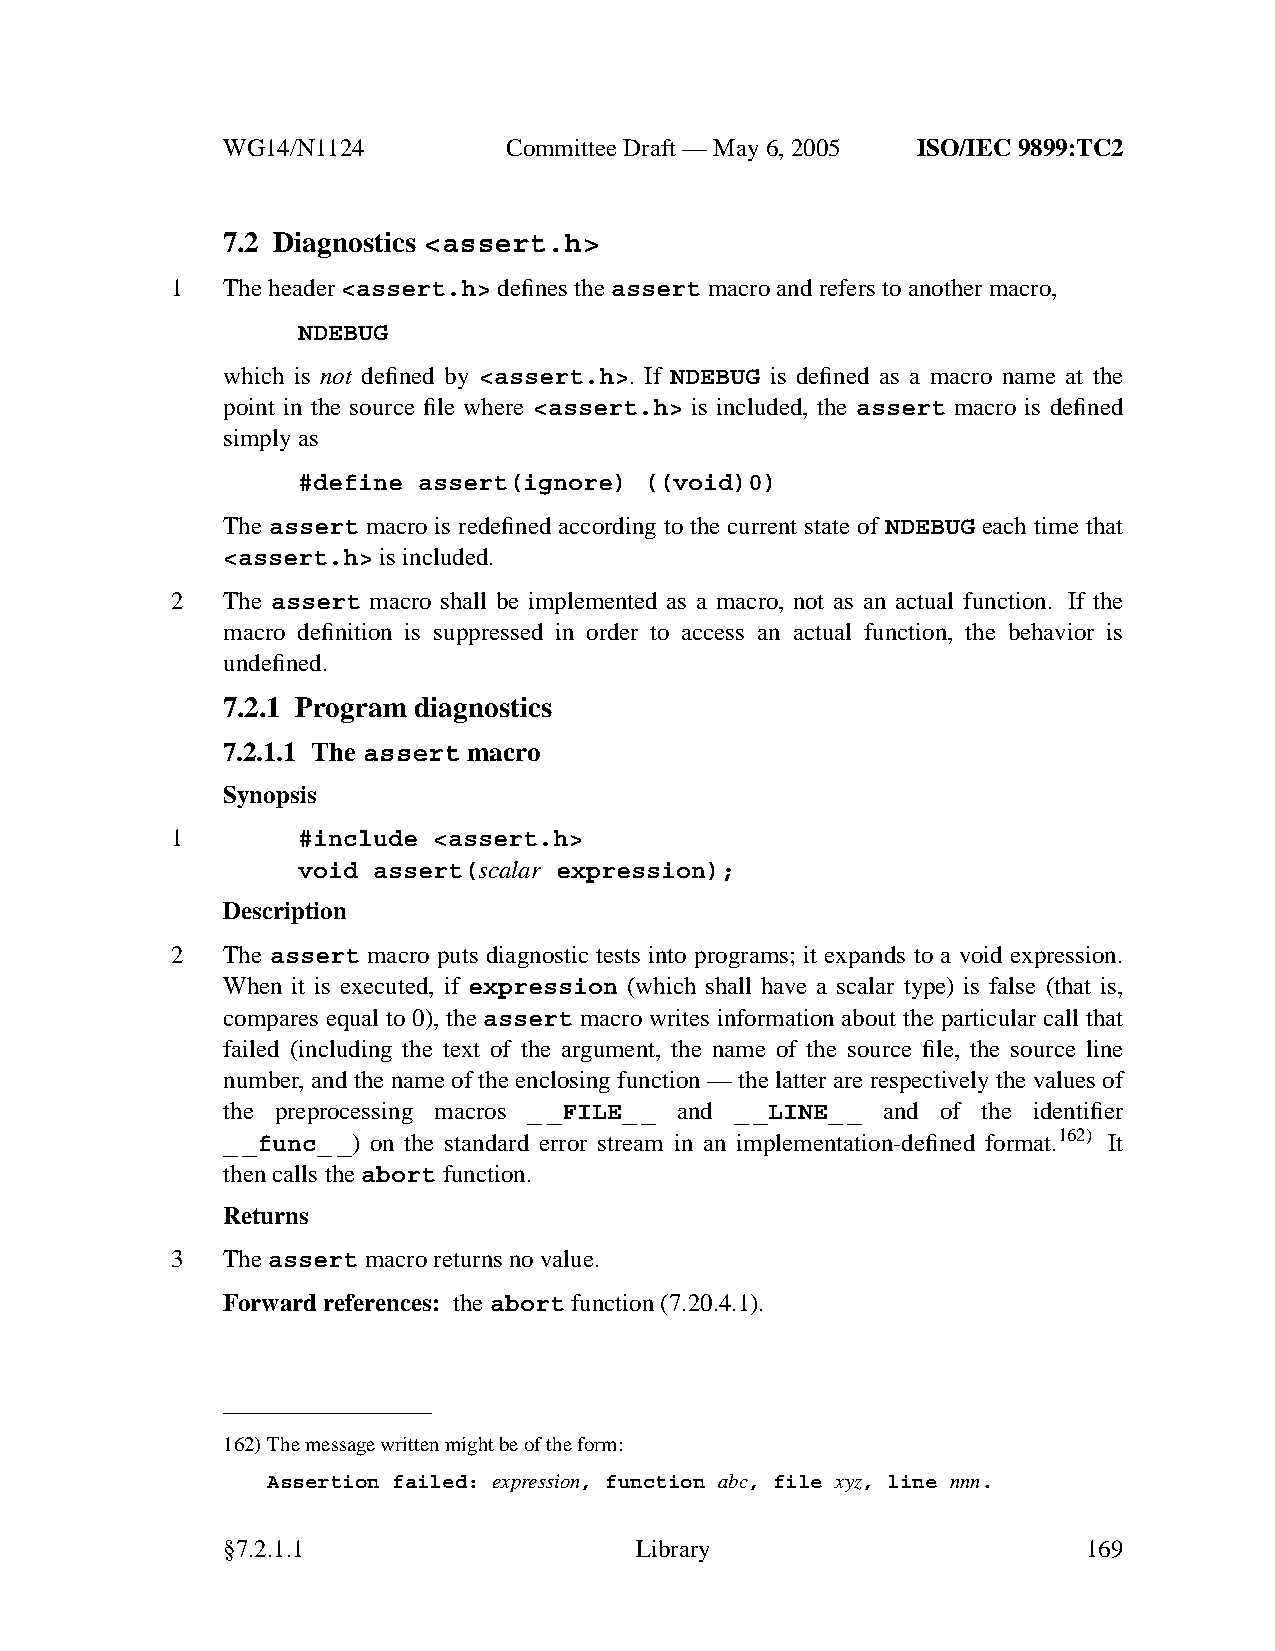
WG14/N1124        CommitteeDraft — May 6, 2005 ISO/IEC 9899:TC2
 7.2 Diagnostics <assert.h>
 1   The header <assert.h> defines the assert macro and refers to another macro,
 NDEBUG
 which is not defined by <assert.h>. If NDEBUG is defined as a macro name at the
 point in the source file where <assert.h> is included, the assert macro is defined
 simply as
 #define assert(ignore) ((void)0)
 The assert macro is redefined according to the current state of NDEBUG each time that
 <assert.h> is included.
 2   The assert macro shall be implemented as a macro, not as an actual function. If the
 macro definition is suppressed in order to access an actual function, the behavior is
 undefined.
 7.2.1 Program diagnostics
 7.2.1.1 The assert macro
 Synopsis
 1        #include <assert.h>
 void assert(scalar expression);
 Description
 2   The assert macro puts diagnostic tests into programs; it expands to a void expression.
 When it is executed, if expression (which shall have a scalar type) is false (that is,
 compares equal to 0), the assert macro writes information about the particular call that
 failed (including the text of the argument, the name of the source file, the source line
 number, and the name of the enclosing function — the latter are respectively the values of
 the preprocessing macros __FILE_ _ and __LINE_ _ and of the identifier
 __func_ _) on the standard error stream in an implementation-defined format.162) It
 then calls the abort function.
 Returns
 3   Theassert macro returns no value.
 Forward references: theabort function (7.20.4.1).
 162)The message written might be of the form:
 Assertion failed: expression, function abc, file xyz, line nnn.
 §7.2.1.1                   Library                       169